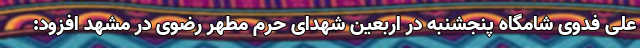
علی فدوی شامگاه پنجشنبه در اربعین شهدای حرم مطهر رضوی در مشهد افزود: